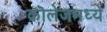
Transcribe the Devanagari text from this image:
कॊलेजमध्ये